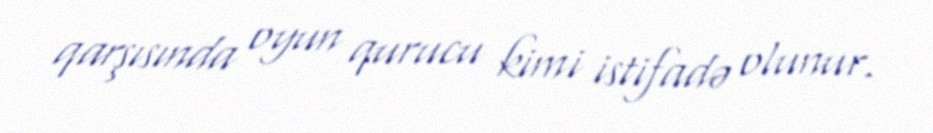
qarşısında oyun qurucu kimi istifadə olunur.